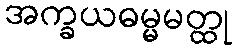
အက္ခယဓမ္မမတ္ထု